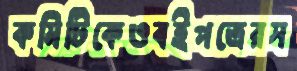
কমিটিকেওবইপত্রেরস